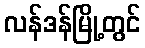
လန်ဒန်မြို့တွင်